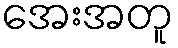
အေးအတူ